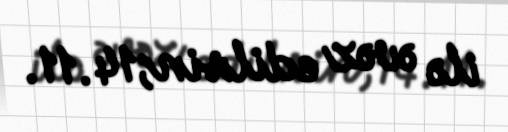
ilə əvəz edilsin;14.11.